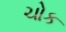
ચોક